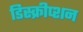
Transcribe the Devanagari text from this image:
डिस्क्रीप्शन